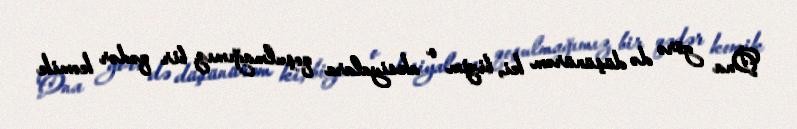
Ona görə də düşünürəm ki, bizim o aksiyalara qoşulmağımız bir qədər komik